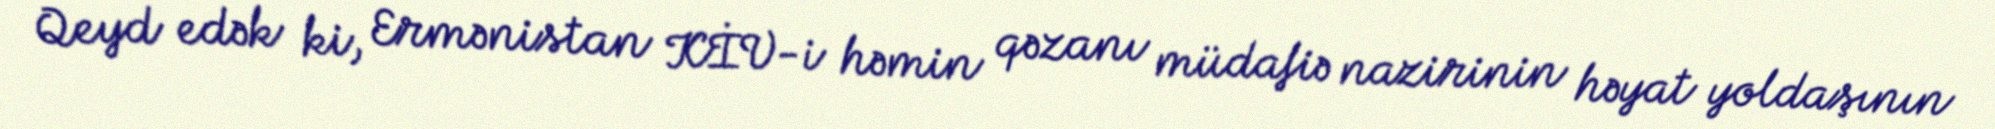
Qeyd edək ki, Ermənistan KİV-i həmin qəzanı müdafiə nazirinin həyat yoldaşının